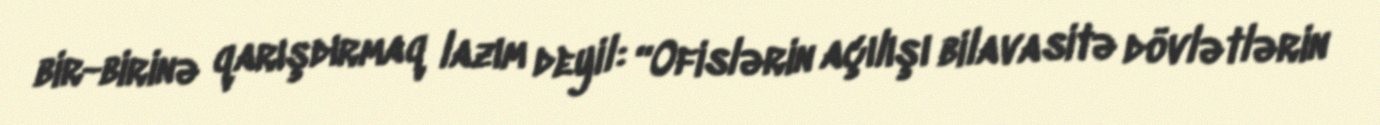
bir-birinə qarışdırmaq lazım deyil: “Ofislərin açılışı bilavasitə dövlətlərin